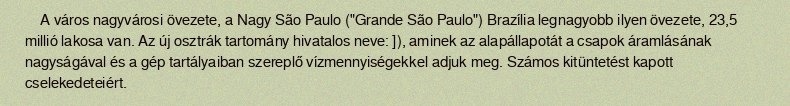
A város nagyvárosi övezete, a Nagy São Paulo ("Grande São Paulo") Brazília legnagyobb ilyen övezete, 23,5 millió lakosa van. Az új osztrák tartomány hivatalos neve: ]), aminek az alapállapotát a csapok áramlásának nagyságával és a gép tartályaiban szereplő vízmennyiségekkel adjuk meg. Számos kitüntetést kapott cselekedeteiért.